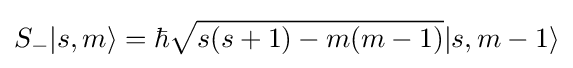
S_{-}|s,m\rangle =\hbar {\sqrt {s(s+1)-m(m-1)}}|s,m-1\rangle